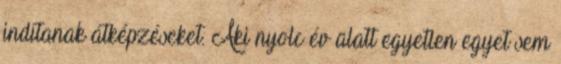
indítanak átképzéseket. Aki nyolc év alatt egyetlen egyet sem